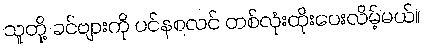
သူတို့ ခင်ဗျားကို ပင်နစလင် တစ်လုံးထိုးပေးလိမ့်မယ်။